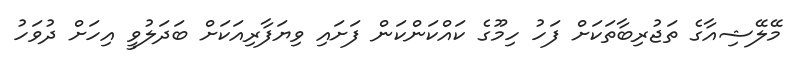
މޭލޭޝިއާގެ ތަޖުރިބާތަކަށް ފަހު ހިމޫގެ ކައްކަންކަން ފަށައި ވިޔަފާރިއަކަށް ބަދަލުވީ އިހަށް ދުވަހު